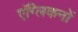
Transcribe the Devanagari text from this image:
एंग्लिकनों